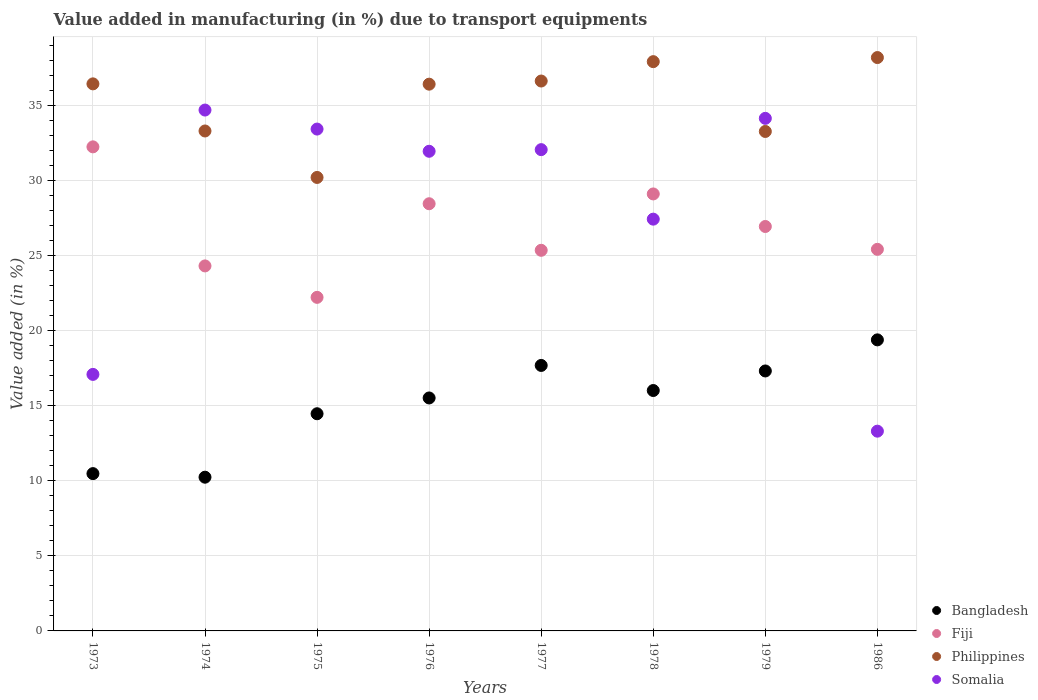
| Years | Bangladesh | Fiji | Philippines | Somalia |
 | --- | --- | --- | --- | --- |
 | 1973 | 10.5 | 32.3 | 36.5 | 17.1 |
 | 1974 | 10.2 | 24.3 | 33.3 | 34.7 |
 | 1975 | 14.5 | 22.2 | 30.2 | 33.4 |
 | 1976 | 15.5 | 28.5 | 36.4 | 32 |
 | 1977 | 17.7 | 25.4 | 36.7 | 32.1 |
 | 1978 | 16 | 29.1 | 37.9 | 27.4 |
 | 1979 | 17.3 | 27 | 33.3 | 34.2 |
 | 1986 | 19.4 | 25.4 | 38.2 | 13.3 |